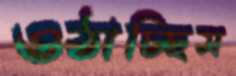
ওঠাচ্ছিস